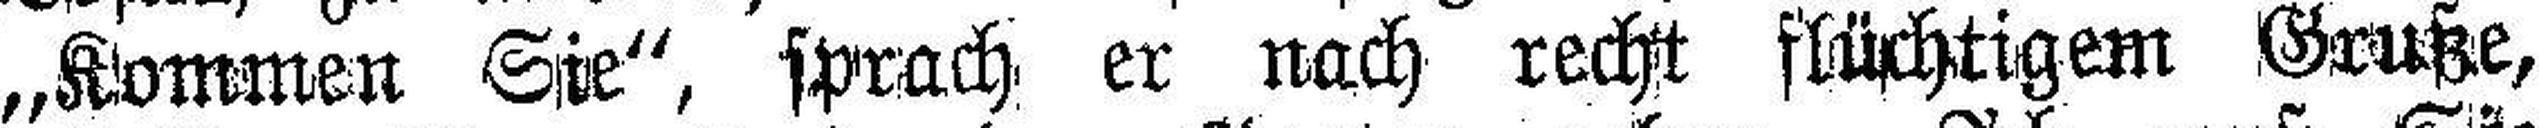
„Kommen Sie“, sprach er nach recht flüchtigem Gruße,